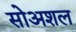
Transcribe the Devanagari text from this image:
सोअशल